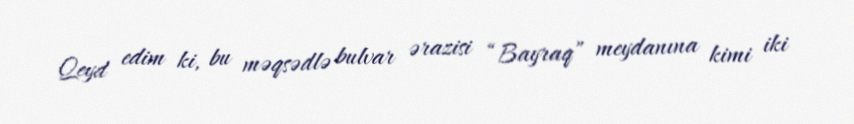
Qeyd edim ki, bu məqsədlə bulvar ərazisi “Bayraq” meydanına kimi iki